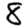
Digit: 8